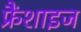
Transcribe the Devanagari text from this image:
फ्रैंशाइज